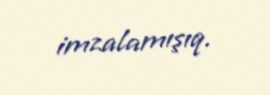
imzalamışıq.